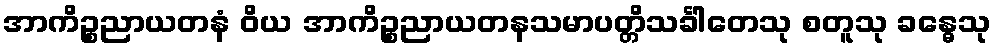
အာကိဉ္စညာယတနံ ဝိယ အာကိဉ္စညာယတနသမာပတ္တိသင်္ခါတေသု စတူသု ခန္ဓေသု